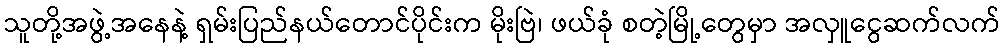
သူတို့အဖွဲ့အနေနဲ့ ရှမ်းပြည်နယ်တောင်ပိုင်းက မိုးဗြဲ၊ ဖယ်ခုံ စတဲ့မြို့တွေမှာ အလှူငွေဆက်လက်